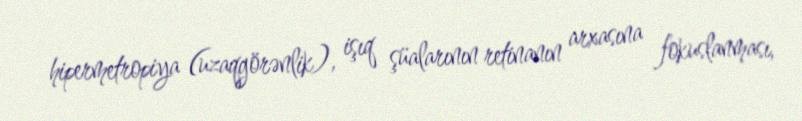
hipermetropiya (uzaqgörənlik), işıq şüalarının retinanın arxasına fokuslanması,